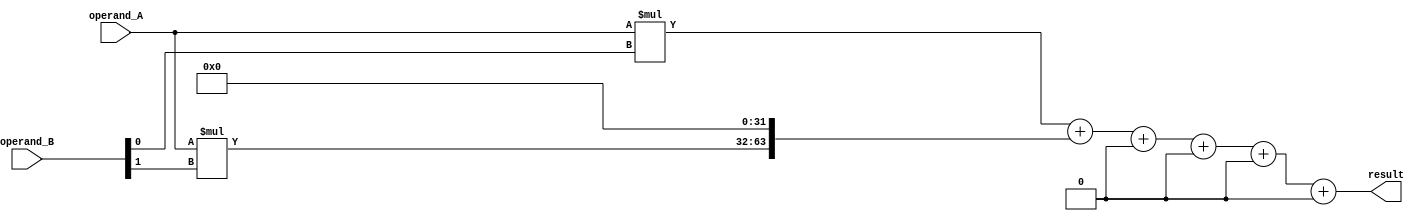
module booth_multiplier (
    input [31:0] operand_A,
    input [31:0] operand_B,
    output reg [63:0] result
);

reg [31:0] partial_product [5:0];
reg [63:0] accumulator;

always @ (*) begin
    partial_product[0] = operand_A * operand_B[0];
    partial_product[1] = operand_A * operand_B[1];
    partial_product[2] = operand_A * operand_B[2];
    partial_product[3] = operand_A * operand_B[3];
    partial_product[4] = operand_A * operand_B[4];
    partial_product[5] = operand_A * operand_B[5];

    accumulator = partial_product[0];
    accumulator = accumulator + (partial_product[1] << 32);
    accumulator = accumulator + (partial_product[2] << 64);
    accumulator = accumulator + (partial_product[3] << 96);
    accumulator = accumulator + (partial_product[4] << 128);
    accumulator = accumulator + (partial_product[5] << 160);
end

assign result = accumulator;

endmodule